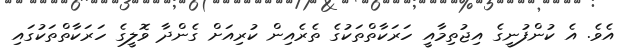
އެވެ. އެ ކުންފުނީގެ އިޖުތިމާއީ ހަރަކާތްތަކުގެ ތެރެއިން ކުރިއަށް ގެންދާ ވޮލީގެ ހަރަކާތްތަކުގައި